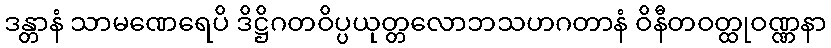
ဒန္တာနံ သာမဏေရေပိ ဒိဋ္ဌိဂတဝိပ္ပယုတ္တလောဘသဟဂတာနံ ဝိနီတဝတ္ထုဝဏ္ဏနာ